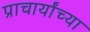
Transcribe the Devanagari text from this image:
प्राचार्यांच्या